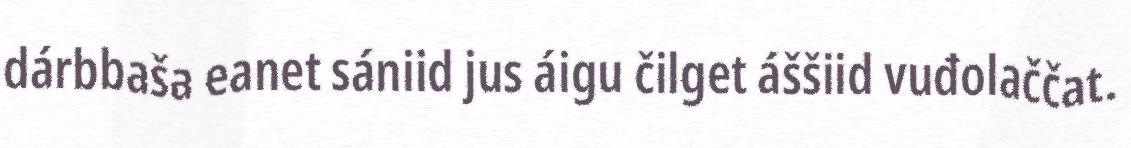
dárbbaša eanet sániid jus áigu čilget áššiid vuđolaččat.